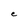
Character: e